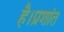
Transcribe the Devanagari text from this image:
है।प्रशांत